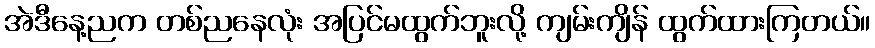
အဲဒီနေ့ညက တစ်ညနေလုံး အပြင်မထွက်ဘူးလို့ ကျမ်းကျိန် ထွက်ထားကြတယ်။